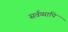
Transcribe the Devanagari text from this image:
सर्वव्यापि